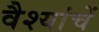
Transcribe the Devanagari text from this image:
वैश्यांचें